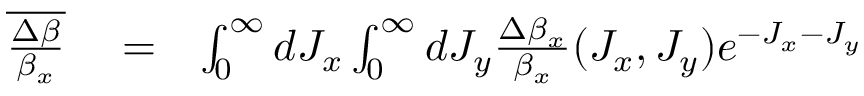
\begin{array} { r l r } { \overline { { \frac { \Delta \beta } { \beta _ { x } } } } } & { { } = } & { \int _ { 0 } ^ { \infty } d J _ { x } \int _ { 0 } ^ { \infty } d J _ { y } \frac { \Delta \beta _ { x } } { \beta _ { x } } ( J _ { x } , J _ { y } ) e ^ { - J _ { x } - J _ { y } } } \end{array}